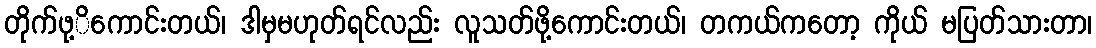
တိုက်ဖု့ိကောင်းတယ်၊ ဒါမှမဟုတ်ရင်လည်း လူသတ်ဖို့ကောင်းတယ်၊ တကယ်ကတော့ ကိုယ် မပြတ်သားတာ၊